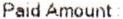
PAID AMOUNT :